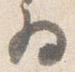
為